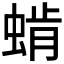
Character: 𰳅